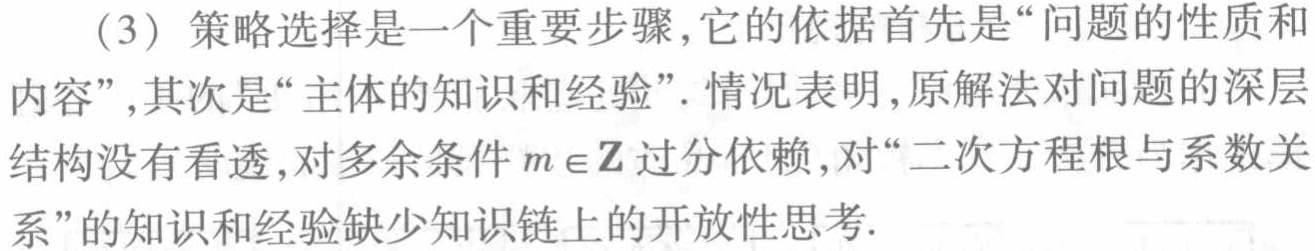
（3）策略选择是一个重要步骤,它的依据首先是“问题的性质和内容”,其次是“主体的知识和经验”. 情况表明,原解法对问题的深层结构没有看透,对多余条件\(m\in\mathbb{Z}\)过分依赖,对“二次方程根与系数关系”的知识和经验缺少知识链上的开放性思考.